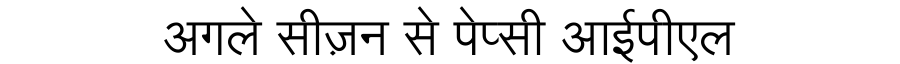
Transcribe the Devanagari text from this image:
अगले सीज़न से पेप्सी आईपीएल